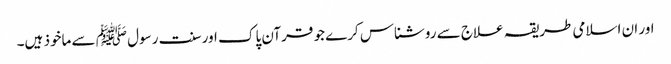
اور ان اسلامی طریقہ علاج سے روشناس کرے جو قرآن پاک اور سنت رسول ﷺ سے ماخوذ ہیں۔